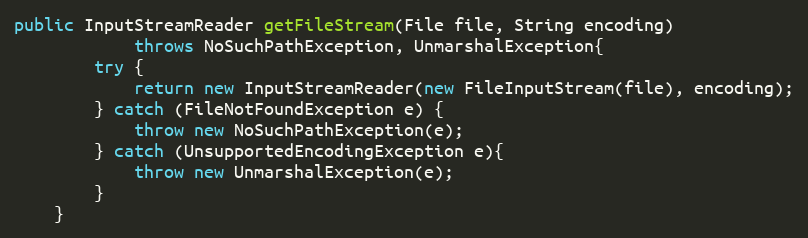
Language: Java
public InputStreamReader getFileStream(File file, String encoding)
			throws NoSuchPathException, UnmarshalException{
		try {
			return new InputStreamReader(new FileInputStream(file), encoding);
		} catch (FileNotFoundException e) {
			throw new NoSuchPathException(e);
		} catch (UnsupportedEncodingException e){
			throw new UnmarshalException(e);
		}
	}